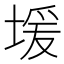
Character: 𫮊